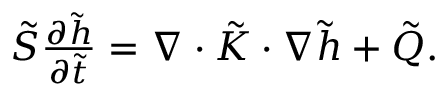
\begin{array} { r } { \tilde { S } \frac { \partial \tilde { h } } { \partial \tilde { t } } = \nabla \cdot \tilde { K } \cdot \nabla \tilde { h } + \tilde { Q } . } \end{array}